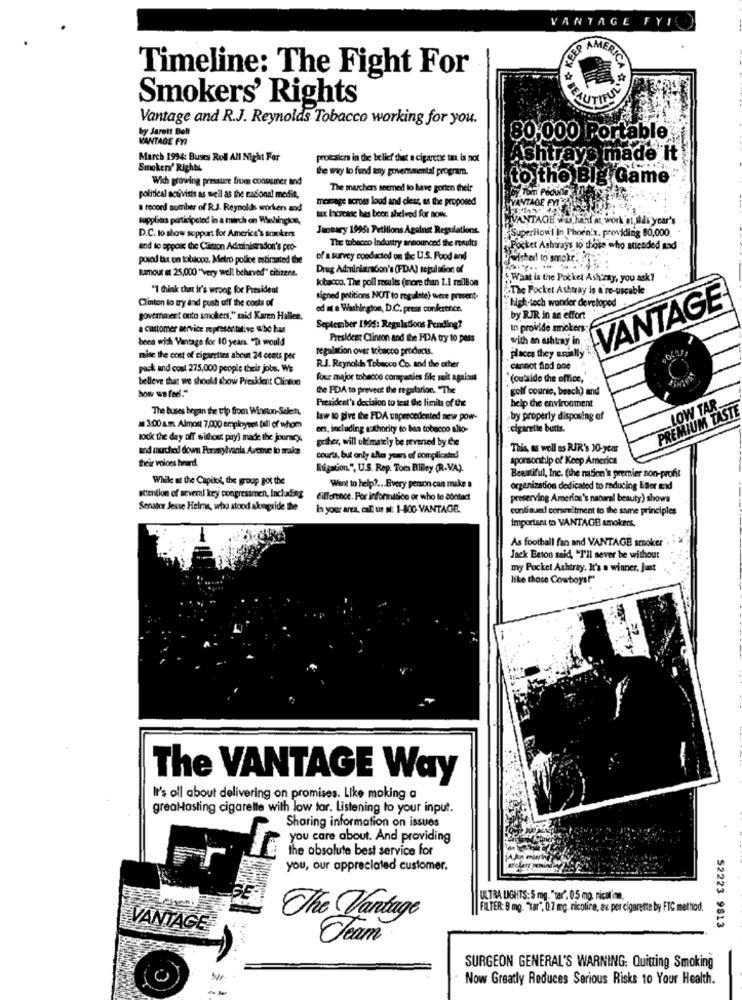
VANTAGE FYI
CEP
Timeline: The Fight For
Smokers' Rights
Vantage and R.J. Reynolds Tobacco working for you.
by Jarett Bell
VANTAGE FYI
80,000 Portable
March 1994: Buses Roll All Night For
protcalca in the belief that a cigarette tax is not
Ashtrays made it
Smokers' Rights.
he way lo fund any governmental program.
Wich growing pressure from consumer and
to the Big Game
The marchers seemed to have gorien thele
political activists as well as the national medit,
message across loud and clear, as the proposed
VANTAGE MY
a record number of R.J. Reynolds workers and
suppliers participated in a march on Washington,
taux hocac hes beer. shelved for now.
VIVANTAOE wu, held at work 'at, ids year's
D.C. to show sopport for America's smokers
Jaccary 1995: Petitions Against Regulations.
The tobacco Industry announced the results
SuperBow'l in Phoenix. providing 80,000,
and to oppose the Clisson Administradon's pro-
Pocket Ashtrays to those who attended and
porod tax on tobacco. Metro police estimated the
of a survey epodacted on the U.S. Food and
"wished to smoke.fr
Drug Administracon's (FDA) regulation of
tumout at 25,000 "very well behaved" citizens.
tobacco. The poll results (more than 1.1 million
What is the Pocket Ashtray, you ask?
"1 think that it's wrong for President
The Pocket Ashtray is a re-uscuble
Clinton to try and push off the costs of
signed petitions NOT to regulate) were prosent-
high-tech wonder developed
VANTAGE
ed at a Washington, D.C. press conference.
government onto smokers," said Karen Hallen.
by RJR in an effort
a customer service representative who has
September 1995: Regulations Pending?
In provide smokers
been wich Vintage for 10 years. "D would
Presideer Clinton and the FDA try to pass
with an ashtray in
regulation over tobacco products.
mise the cost of cigarcties about 24 cents per
places they erally
pack and cost 275,000 people their jobs. We
R.J. Reynolds Tobacco Co. and the other
· cannot find one
belleve that we should show President Clinton
four major tobacco corapanies file suit against
(outside the office,
how we feel."
the FDA to prevent the regulation. "The
golf course, beach) and
President's decision to test the limits of the
The buses began the trip from Winston-Selett
help the environment
PREMIUM TASTE
LOW TAR.
law to give the FDA unprecedented new pow-
,bry properly disposing of
3:00 am Almost 7,000 employees fall of whom
en, including authority to bea tobacco allo-
:cigarette butis.
took the day off withost pry) made the journey.
gether, will ultmakly be revened by the
mod mucho! down Perssylvania Avenue lo trake
This, as well as RIR's 10-year
their voices heard.
courts, but only alle years of complicated
sporsontilp of Keep America
Eugation.", U.S. Rep. Tom Bliley (R.VA).
While at the Capitol, the group got the
Beautiful, Inc. (the nation's premier non-profit
Want to help ?... Every person can make
organization dedicated to reducing Eller and
attention of several key congressmen, Including
difference. For informatico or who le contact
preserving America's natural beauty) shows
Senate Jesse Helms, who stood alongside the
In your area, call us n: 1-800-VANTAGE.
continued consmitment to the same principles
important to VANTAGE smokers.
As football fan and VANTAGE smoker
Jack Baton said, "I'll never be without
my Pocket Ashtray. It's a winner, Just
like those Cowboys!"
The VANTAGE Way
It's all about delivering on promises. Like making a
greaHasting cigarette with low tar. Listening to your input.
Sharing information on issues
you care about. And providing
the absolute best service for
you, our appreciated customer.
ULTRA LIGHTS: 5 mg. "tar". 0,5 mg, rical mme.
FILTER: 9 mg. "tar", 0.7 mg. nicotine, ax per cigarette by FTC method.
The Vantage
VANTAGE-
52223 9813
Cream
-
SURGEON GENERAL'S WARNING: Quitting Smoking
Now Greatly Reduces Serious Risks 10 Your Health.